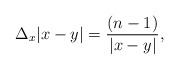
LaTeX: \begin{align*}\Delta_x|x-y|=\frac{(n-1)}{|x-y|},\end{align*}